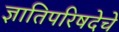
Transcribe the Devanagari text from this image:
ज्ञातिपरिषदेचे